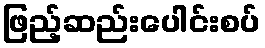
ဖြည့်ဆည်းပေါင်းစပ်